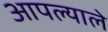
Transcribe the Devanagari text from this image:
आपल्याले